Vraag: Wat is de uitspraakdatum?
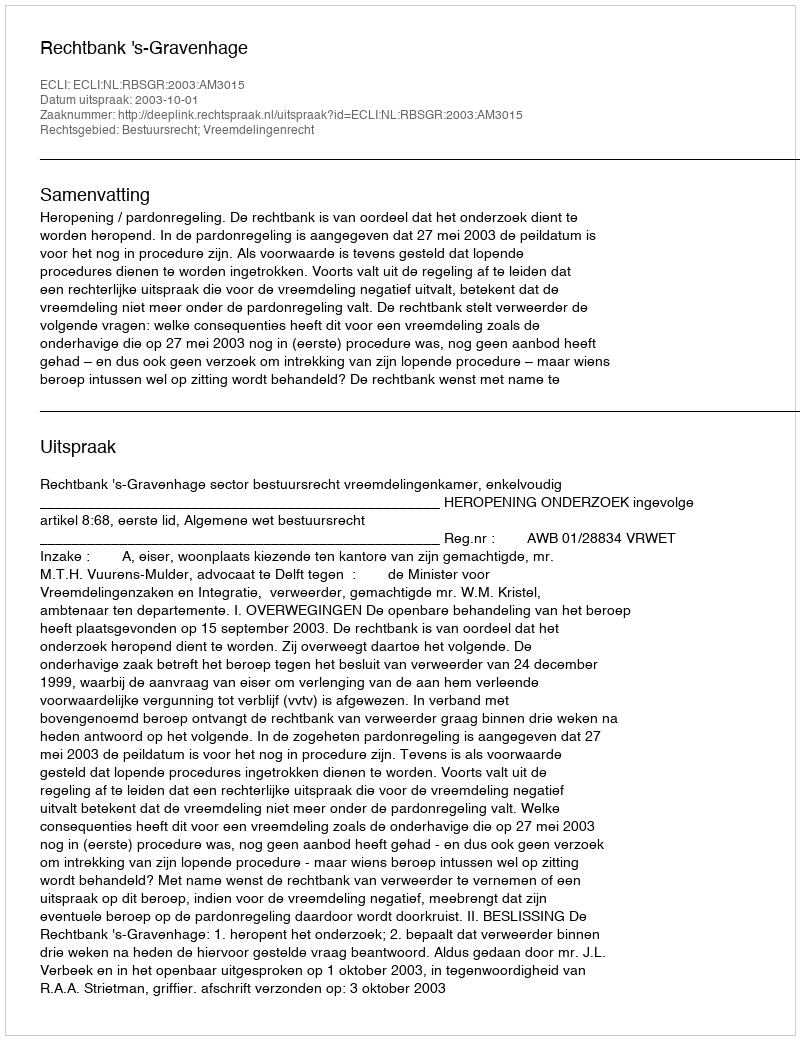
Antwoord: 2003-10-01